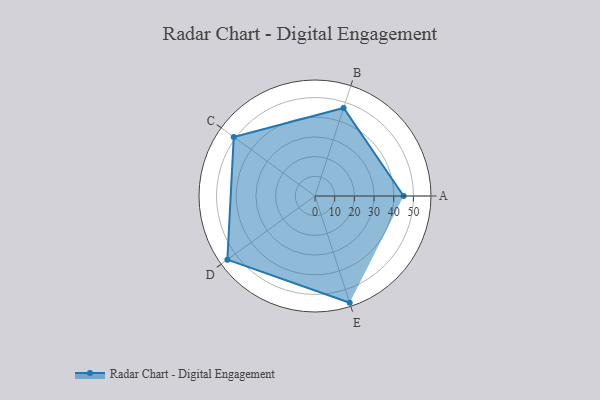
{"axis": {"x": "Skill", "y": "Score"}, "legend": ["Profile"], "data": [{"x": "A", "y": 45.0, "type": "Profile"}, {"x": "B", "y": 47.0, "type": "Profile"}, {"x": "C", "y": 51.0, "type": "Profile"}, {"x": "D", "y": 55.0, "type": "Profile"}, {"x": "E", "y": 57.0, "type": "Profile"}]}